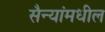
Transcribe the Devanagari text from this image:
सैन्यांमधील